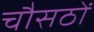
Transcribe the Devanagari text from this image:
चौसठों